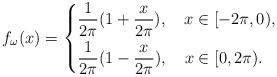
LaTeX: \begin{align*}f_{\omega}(x)=\left\{\begin{aligned}&\frac{1}{2\pi}(1+\frac{x}{2\pi}),\ \ \ x \in [-2\pi,0),\\&\frac{1}{2\pi}(1-\frac{x}{2\pi}), \ \ \ x \in [0,2\pi).\\\end{aligned}\right.\end{align*}